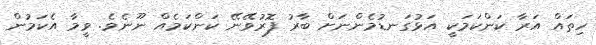
ހިތައް އަރާ ކަންކަމަކީ އަޅުގަނޑުމެންނަށް ބާރު ފޮރުވޭނޭ ކަންކަމެއް ނޫނެވެ. ވީމާ އެކަމުން